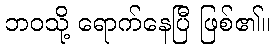
ဘဝသို့ ရောက်နေပြီ ဖြစ်၏။